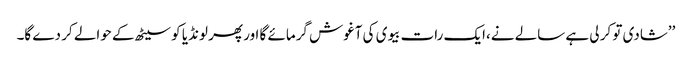
’’شادی تو کر لی ہے سالے نے،ایک رات بیوی کی آغوش گرمائے گا اور پھر لونڈیا کو سیٹھ کے حوالے کر دے گا۔